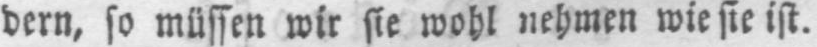
dern, so müssen wir sie wohl nehmen wie sie ist.